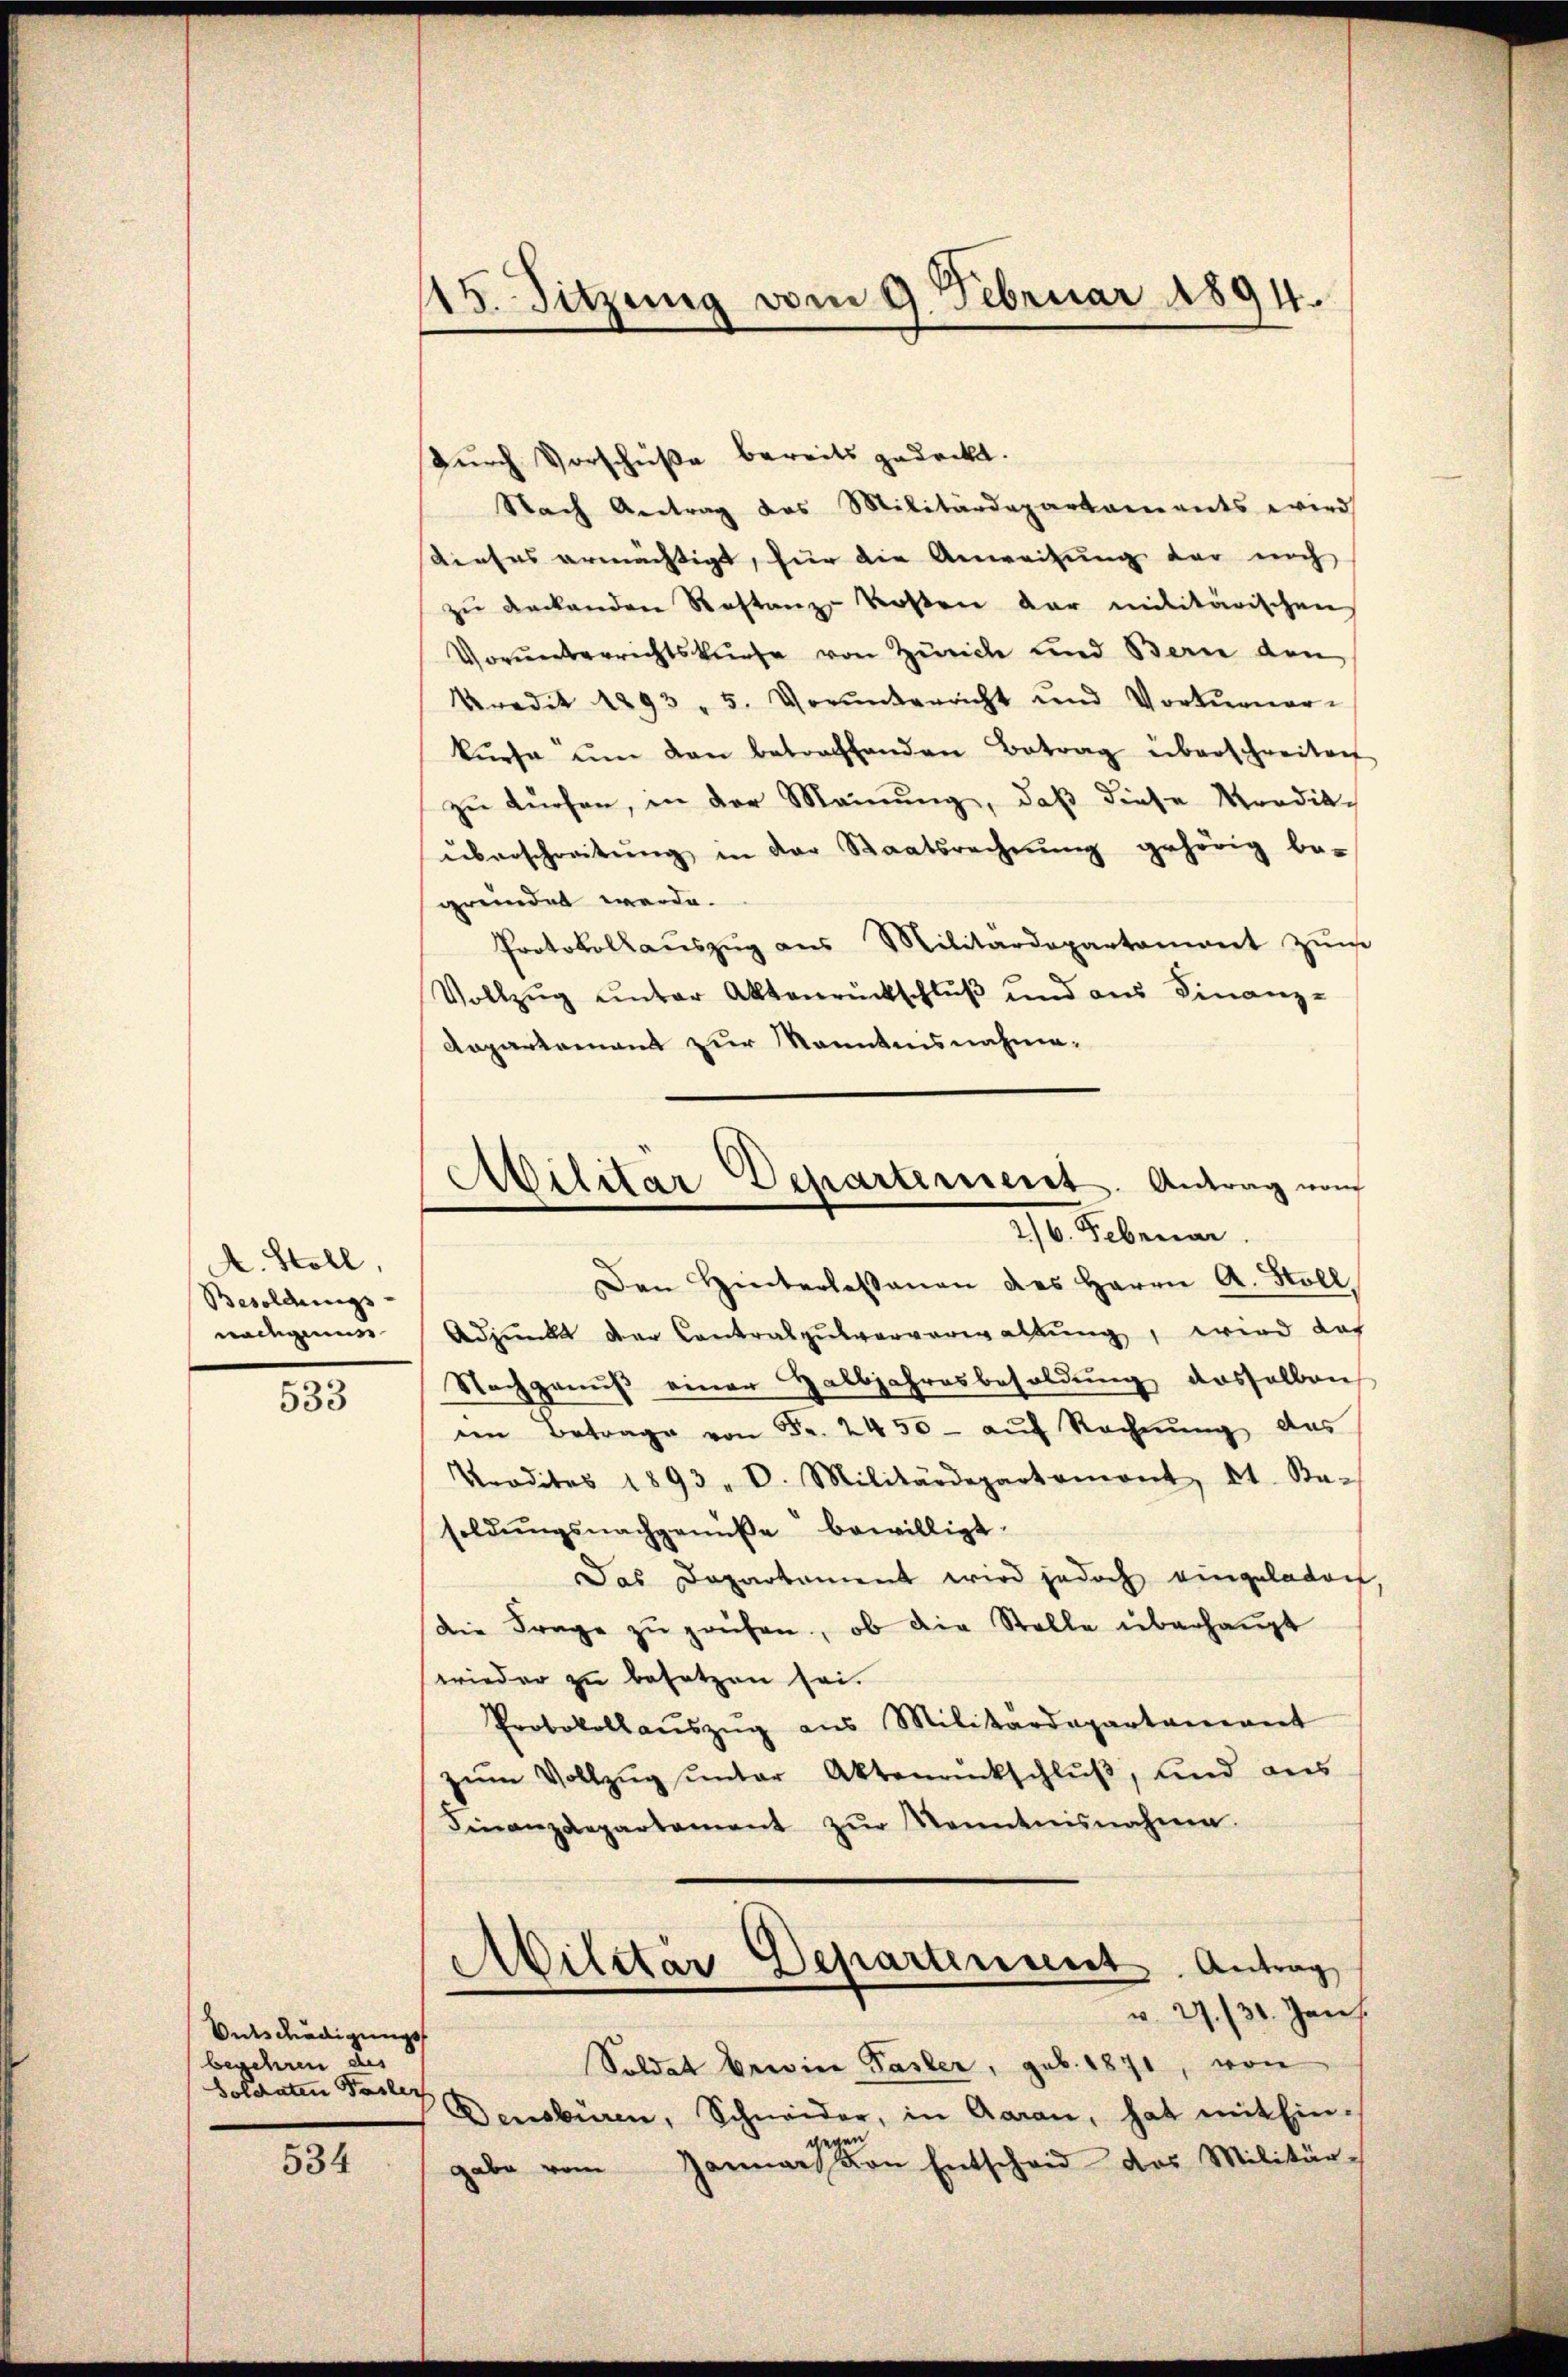
A. Stoll,
Besoldungs-
nadigens

533

Ontschädigungs
begehren des
Soldaten Pasler

534

115. Sitzung vom 9. Februar 1894.

Durch Vorschüße bereits gedeckt.
Nach Antrag des Militärdepartaments wird
dieses ermächtigt, für die Anweisung der noch
zŭ deckenden Restanz-Kosten dar militärischen
Vorŭnterrichtskurse von Zürich und Bern den
Kredit 1893 - 5. Vorunterricht und Vortenar-
kŭrsa ŭm den betrachhanden Betrag überschreiten
zu dürfen, in der Meinung, daß diese Mordik-
überschreitŭng in der Staatsrechnŭng gehörig be-
gründet werde.
Protokollaŭszŭg ans Militärdepartament zŭm
Vollzŭg ŭnter Aktenrückschlŭβ und aus Finanz-
Aopartement zur kanntensnahme.

Ailitär Departement. Antrag vom
270. Februar.

Den Hinterlassenen des Herrn A. Stoll,
Adjunkt der Contralpŭlarverwaltŭng, wird dah
Nachgenuß einer Halbjahresbesoldung dasselben
en Betrage von Fr. 2450- aŭf Rechnŭng das
Traditas 1893 . D. Militärdepartemont, lt. Sta-
soldŭngsnachgemüse bewilligt.
Das Departament wird jedoch eingeladen
die Frage zu prüfen, ob die Stelle überhaupt
wieder zu besetzen sei.
Protokollaŭszŭg ans Militärdepartament
zŭm Vollzŭg ŭnter Aktenantschlŭβ, und aus
Finanzdepartement zŭr Kenntnisnahme.
Militar Departinsent. Antrag
v. 29./30. Jan.
Soldat berie Pasler, geb. 1871, von
Densbüren, Schneider, in Aaran, hat mit Ein-
gegen
gabe vom Januar von Entscheid das Militär-